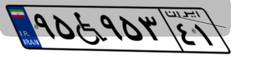
۹۵W۹۵۳۴۱